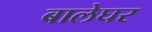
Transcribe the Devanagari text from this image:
बालेघर